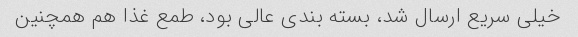
خیلی سریع ارسال شد، بسته بندی عالی بود، طمع غذا هم همچنین